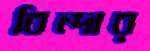
বিন্দার